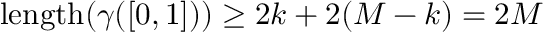
\mathrm { l e n g t h } ( \gamma ( [ 0 , 1 ] ) ) \ge 2 k + 2 ( M - k ) = 2 M